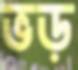
ভড়